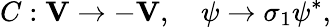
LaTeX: C:\mathbf{V}\to-\mathbf{V},\quad\psi\to{\sigma}_{1}{\psi}^{*},